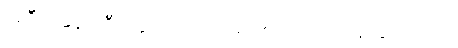
အဲဒီကနေမှ ဦးနှောက်ကို ဗိုင်းရပ်စ်ပိုး ရောက်ရှိသွားတာပါ။